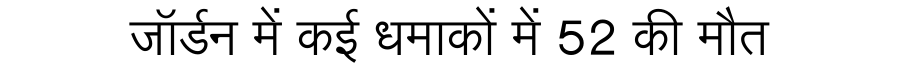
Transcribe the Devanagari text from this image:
जॉर्डन में कई धमाकों में 52 की मौत